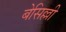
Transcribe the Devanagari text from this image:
बेसिल्ली